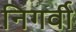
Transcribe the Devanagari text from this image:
निगर्वी